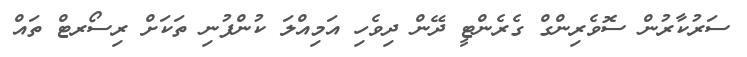
ސަަރުކާރުން ސޮވެރިންގް ގެރެންޓީ ދޭން ދިވެހި އަމިއްލަ ކުންފުނި ތަކަށް ރިސޯރޓް ތައް